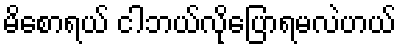
မိစောရယ် ငါဘယ်လိုပြောရမလဲဟယ်